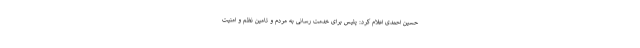
حسین احمدی اعلام کرد: پلیس برای خدمت رسانی به مردم و تامین نظم و امنیت